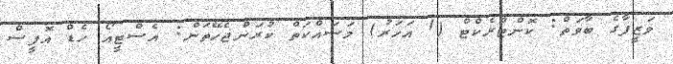
ވަޒީފާގެ ބާވަތް: ކޮންޓްރެކްޓް (1 އަހަރު) މަސައްކަތް ކުރަންޖެހޭތަން: އެސްޓީއޯ ހެޑް އޮފީސް